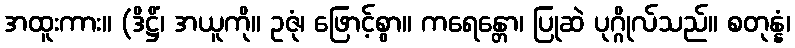
အထူးကား။ (ဒိဋ္ဌိံ၊ အယူကို။ ဥဇုံ၊ ဖြောင့်စွာ။ ကရေန္တော၊ ပြုဆဲ ပုဂ္ဂိုလ်သည်။ စတုန္နံ၊